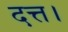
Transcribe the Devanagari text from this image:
दत्त।